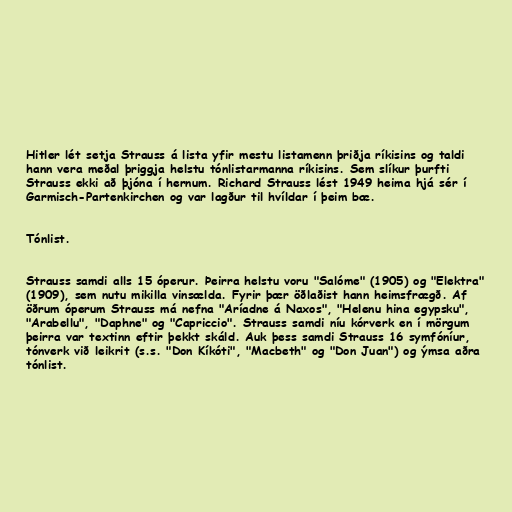
Hitler lét setja Strauss á lista yfir mestu listamenn þriðja ríkisins og taldi
hann vera meðal þriggja helstu tónlistarmanna ríkisins. Sem slíkur þurfti
Strauss ekki að þjóna í hernum. Richard Strauss lést 1949 heima hjá sér í
Garmisch-Partenkirchen og var lagður til hvíldar í þeim bæ.

Tónlist.

Strauss samdi alls 15 óperur. Þeirra helstu voru "Salóme" (1905) og "Elektra"
(1909), sem nutu mikilla vinsælda. Fyrir þær öðlaðist hann heimsfrægð. Af
öðrum óperum Strauss má nefna "Aríadne á Naxos", "Helenu hina egypsku",
"Arabellu", "Daphne" og "Capriccio". Strauss samdi níu kórverk en í mörgum
þeirra var textinn eftir þekkt skáld. Auk þess samdi Strauss 16 symfóníur,
tónverk við leikrit (s.s. "Don Kíkóti", "Macbeth" og "Don Juan") og ýmsa aðra
tónlist.